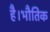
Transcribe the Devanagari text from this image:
है।भौतिक